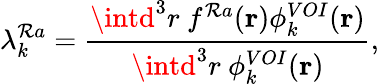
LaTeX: \lambda_{k}^{\mathcal{R}a}=\frac{{\intd^{3}r~f^{\mathcal{R}a}(\mathbf{{r}})\phi_{k}^{VOI}(\mathbf{{r}})}}{{\intd^{3}r~\phi_{k}^{VOI}(\mathbf{{r}})}},